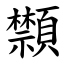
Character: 䫴